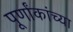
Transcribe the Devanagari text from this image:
पूर्णांकांच्या